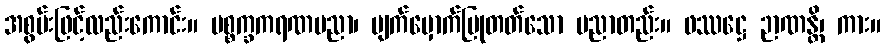
အစွမ်းဖြင့်လည်းကောင်း။ ပစ္စက္ခကရဏပညာ၊ မျက်မှောက်ပြုတတ်သော ပညာတည်း။ ဖဿဋ္ဌေ ဉာဏန္တိ၊ ကား။